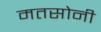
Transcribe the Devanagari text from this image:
मतसोनी